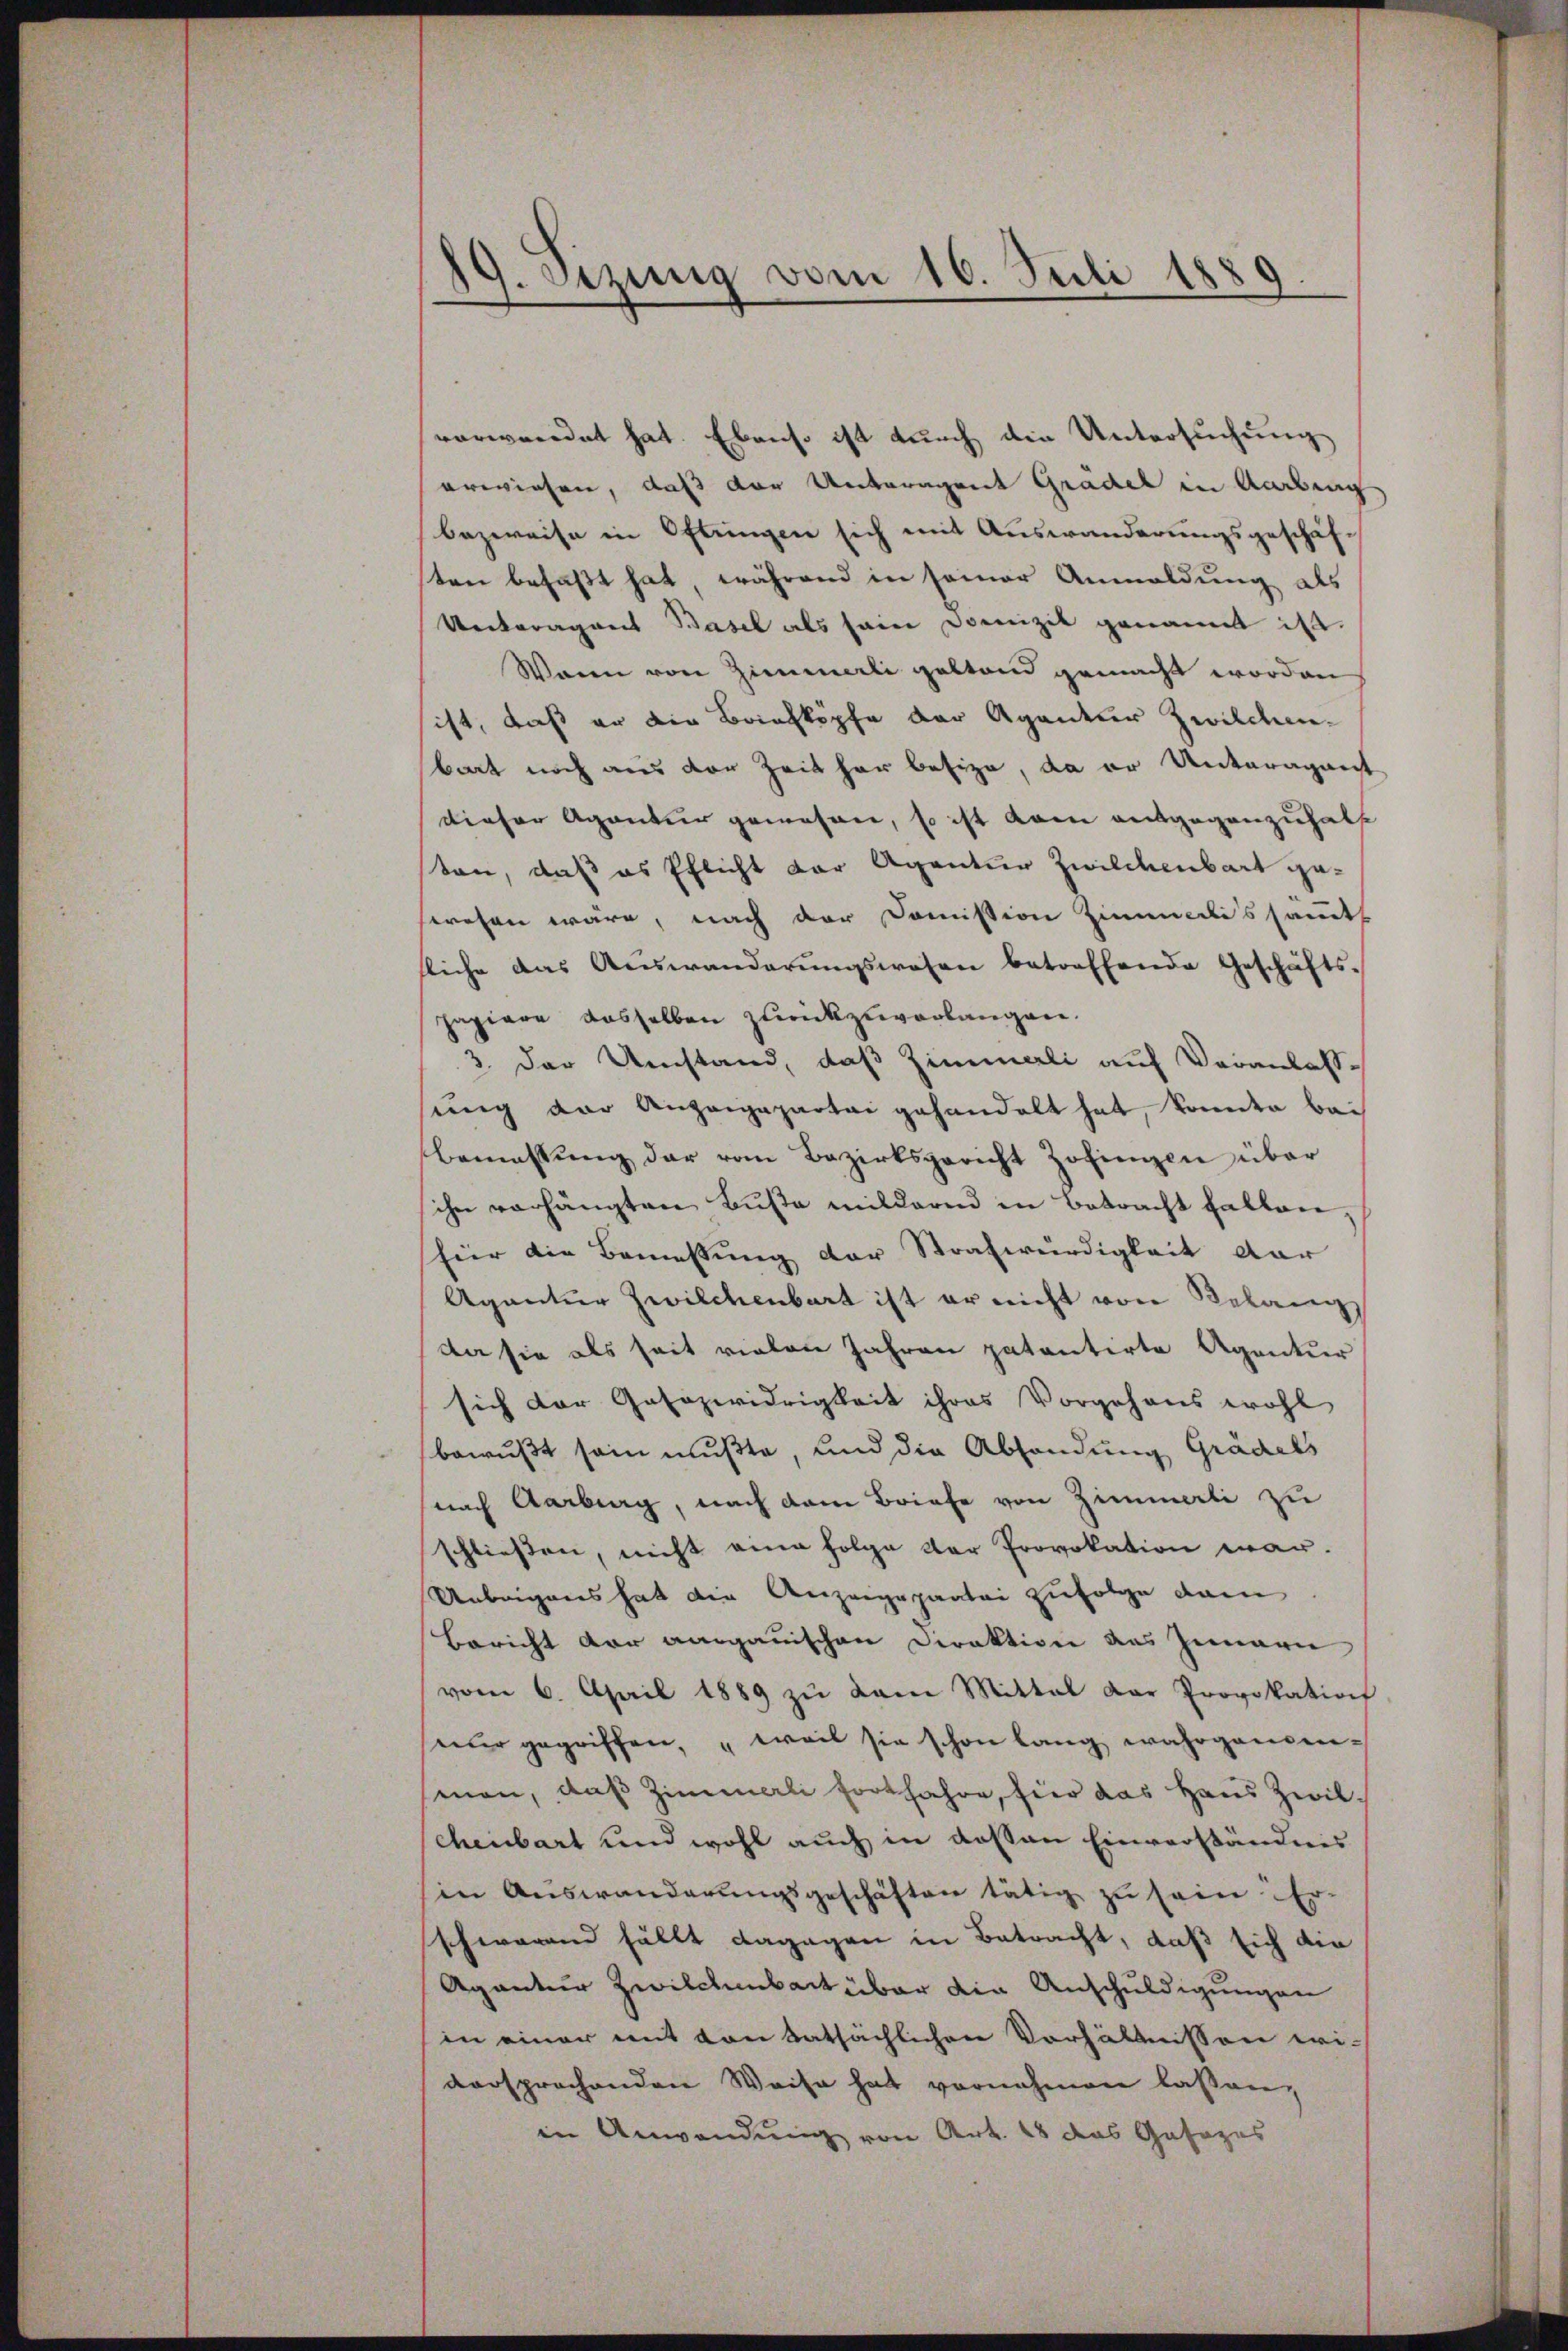
19. Sizung vom 16. Juli 188
i

verwendet hat. Ebenso ist durch die Untersuchung
erwiesen, daß der Unteragent Gradel in Aarbeng
bezweife in Oftungen sich mit Auswanderungsgeschäf-
ten befaßt hat, während in seiner Anmeldung als
Uectoragant Basel als sein Domizil genannt ist.
Wann von Zimmerli gestand gemacht worden
ist, daß er die Briefköpfe der Aganter Zwilchenbart noch aus der Zeit her besize, da er Unteragant
dieser Agentur gewesen, so ist kam entgegenzuhalt
sten, daß es Pflicht der Agantur Zwildenbart geswesen wäre, nach der Domission Zimmenlis sämmtl
sliche das Auswanderŭngswesen betreffende Geschäfts-
papiere dasselben zurückzuverlangen.
3. Der Umstand, daß Zimmeli auf Veranlassung der Anzeigepartei gehandelt hat, konnte bei
bemassŭng der vom Bezirksgericht Zofingen über
ihn vorhängten Buße mildernd in Betracht fallen,
für die Bemessung der Strafwürdigkeit dar
Agantur Zwilchenbart ist er nicht von Belang
da sie als seit vielen Jahren patentirte Agentur
sich der Gasazwidrigkeit ihres Vorgehens wohl
bewußt sein mußte, und die Abhandung Gradels
nach Aarburg, nach dem Briefe von Zimmerli zu
schließen, nicht eine Folge der Provokation war.
Uebrigens hat die Anzeigepartei zufolge dam
Bericht der aargauischen Direktion des Innern
vom 6. April 1889 zŭ dem Mittal der Provokation
nur gegriffen, „weil sie schon lang wahrgani-
man, das Zimmerli fortfahre, hier das Haus Zwilscheibart und wohl auch in dessen Einverständnis
sin Auswanderungsgeschäften tätig zu sein Er-
schwarend fällt dagegen in Betracht, daß sich die
Agantier Zwilchenbart über die Anschuldigungen
in einer mit von tatsächlichen Vorhältnissen wiversprochenden Weise hat vornehmen lassen,
in Anwendung von Art. 18 das Gesages